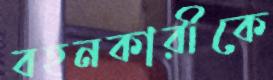
বহনকারীকে